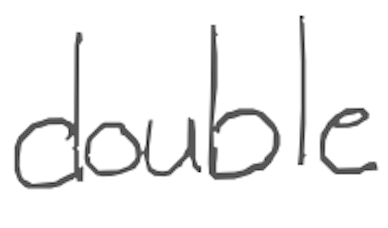
Text: double
Cross-out: clean
Writing tool: digital_gray